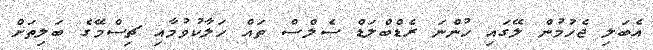
އެބަލި ޖެހުމުން ލޭގައި ހުންނަ ރެޑްބްލަޑް ސެލްސް ތައް ހަލާކުވުމާއި ޗިސްމޭގެ ބަލިތަށް